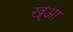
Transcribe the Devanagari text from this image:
ख्आ